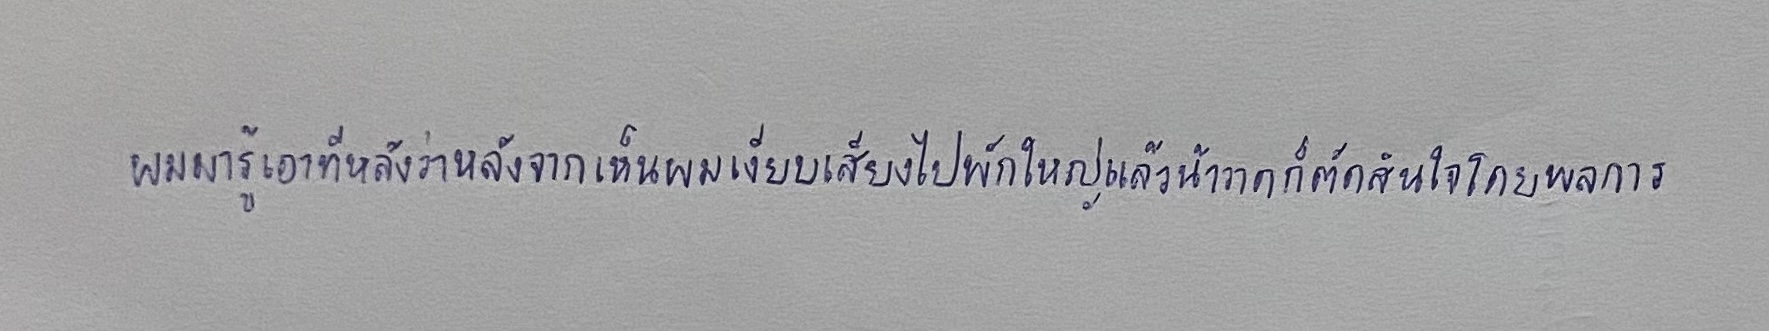
ผมมารู้เอาทีหลังว่าหลังจากเห็นผมเงียบเสียงไปพักใหญ่แล้วน้าวาดก็ตัดสินใจโดยพลการ